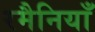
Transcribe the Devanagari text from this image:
रमैनियाँ